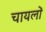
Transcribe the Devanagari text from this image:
चायलों